Leningradi_Edasi_toimetus, lk 166
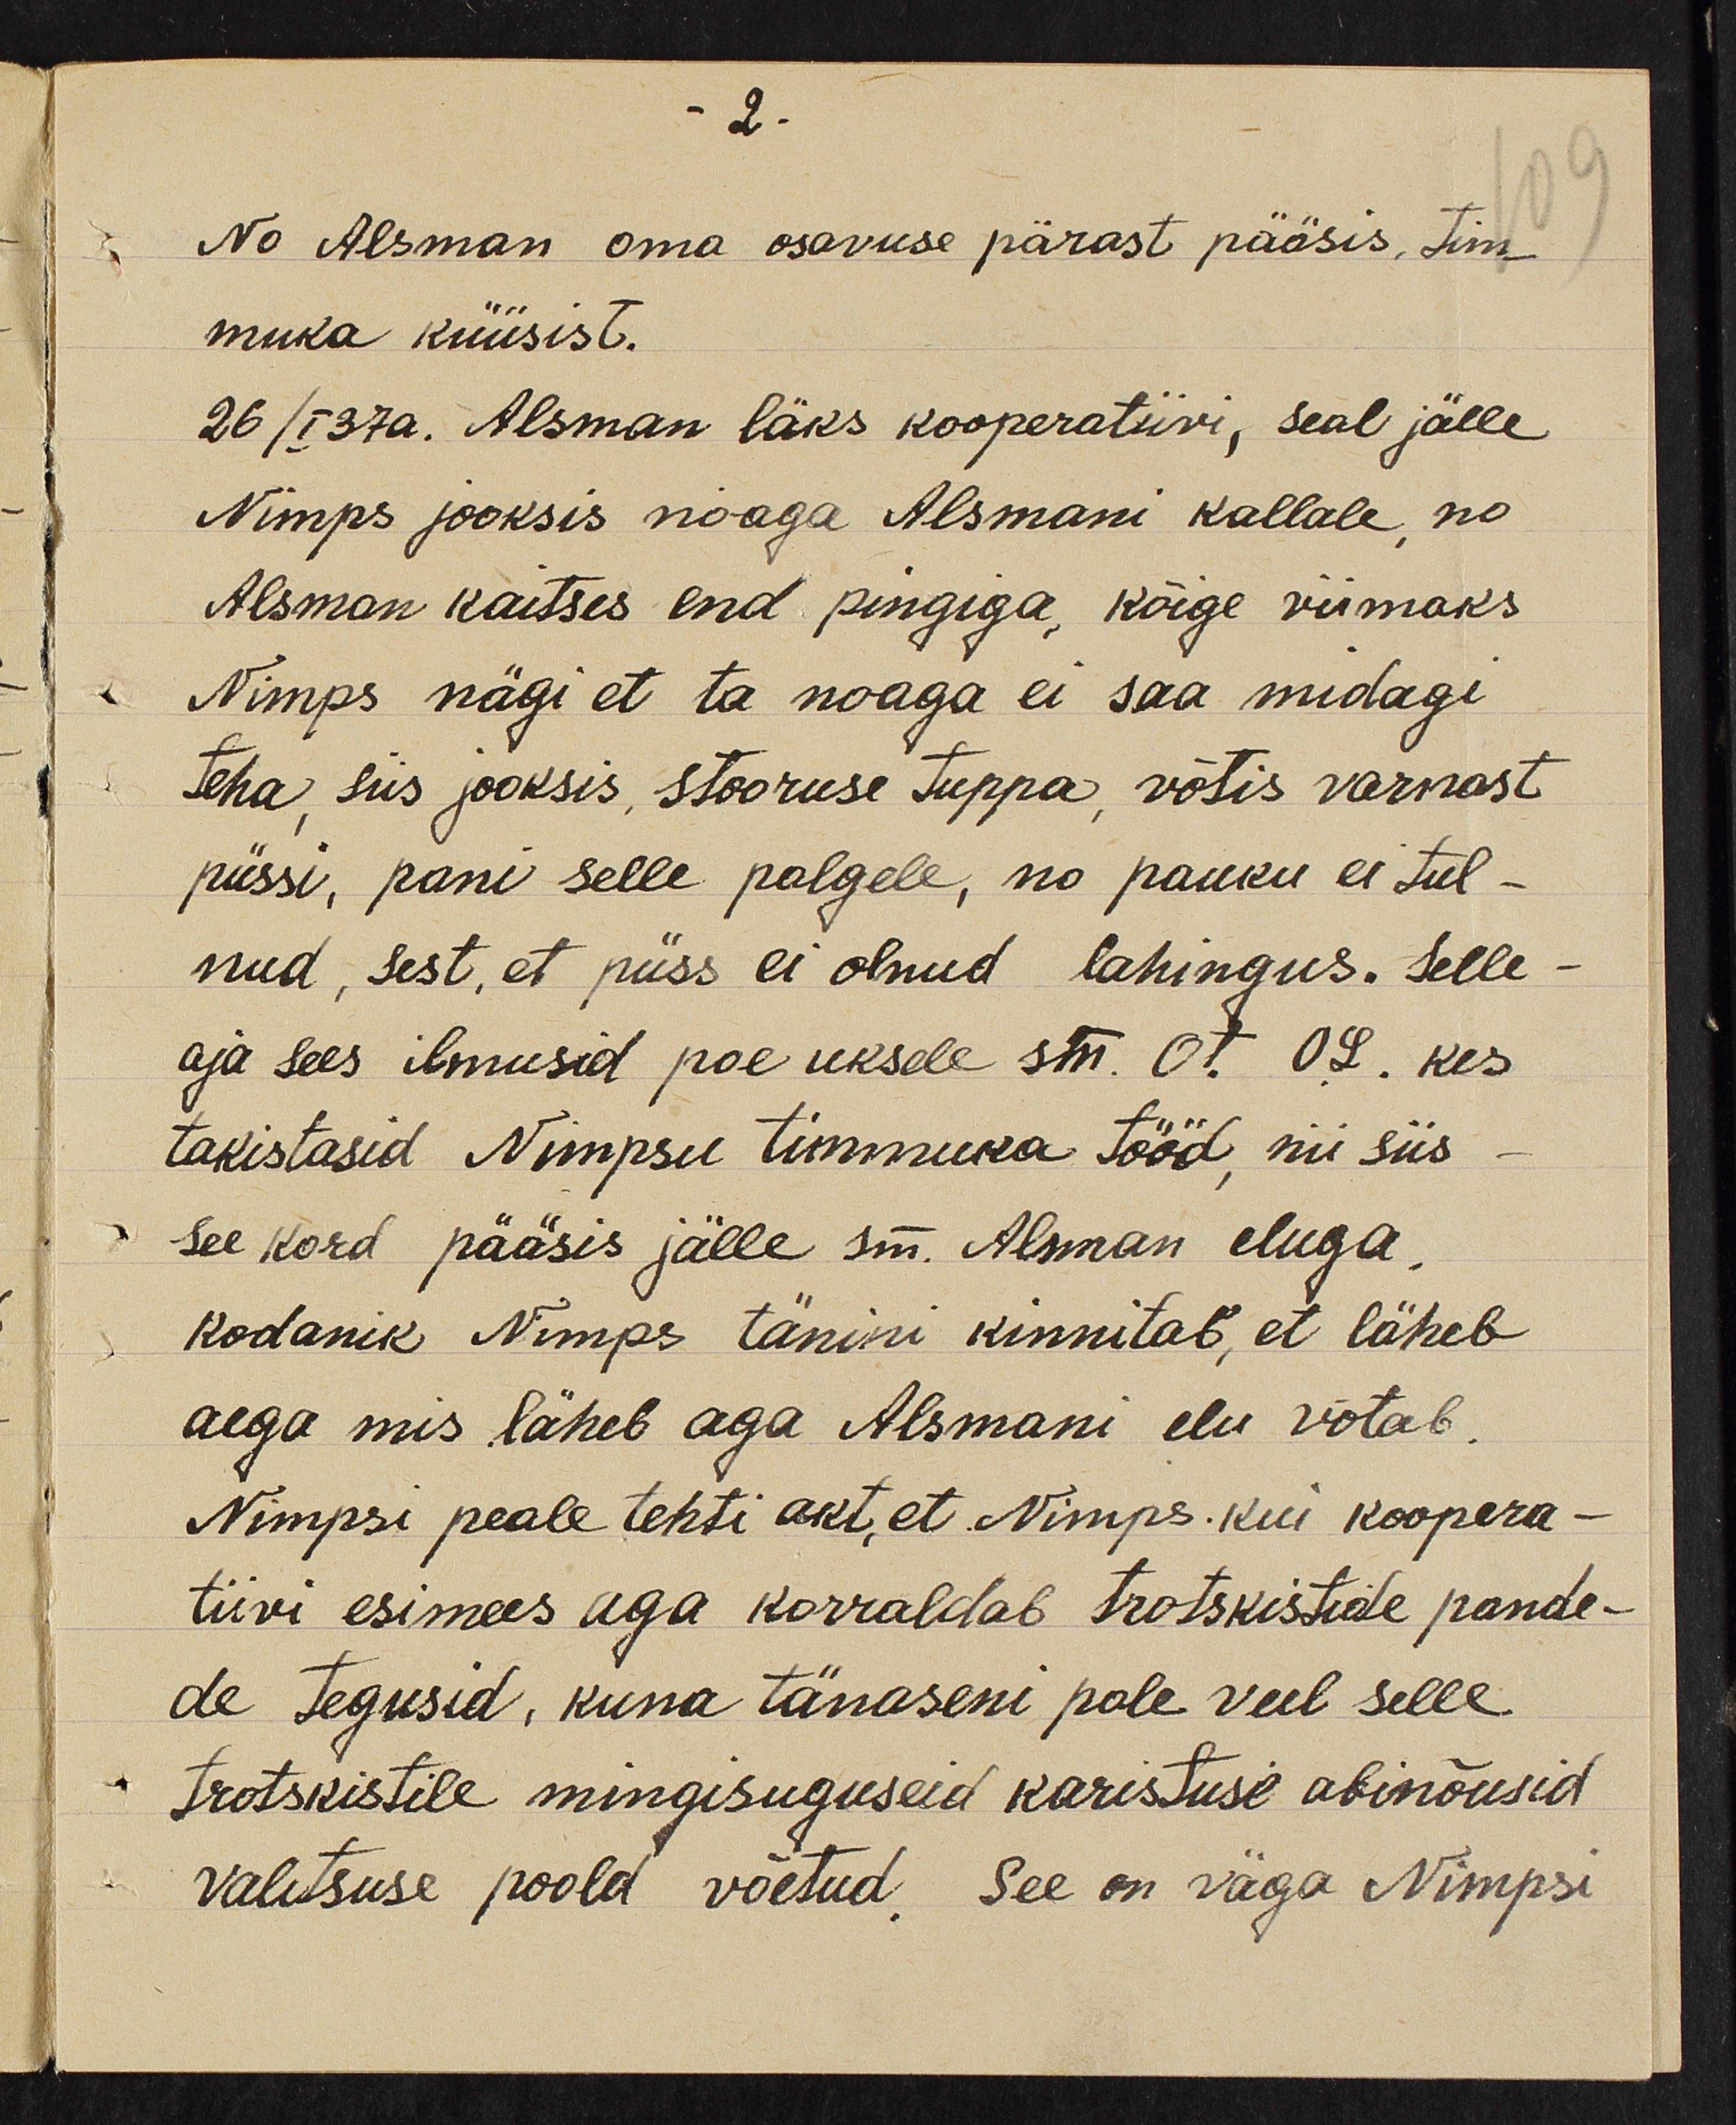
-2.

No Alsman oma osavuse pärast pääsis, tim-
109
muka küüsist.
26/I 37a. Alsman läks kooperatiivi, seal jälle
Nimps jooksis noaga Alsmani kallale no
Alsman kaitses end pingiga kõige viimaks
Nimps nägi et ta noaga ei saa midagi
teha siis jooksis, stooruse tuppa võtis varnast
püssi, pani selle palgele, no pauku ei tul-
nud, sest, et püss ei olnud lahingus. Selle
aja sees ilmusid poe uksele sm. Ot. OL. kes
takistasid Nimpsu timmuka tööd nii siis
see kord pääsis jälle sm. Alman eluga,
kodanik Nimps tänini kinnitab, et läheb
aega mis läheb aga Alsmani elu võtab.
Nimpsi peale tehti akt, et Nimps. kui koopera-
tiivi esimees aga korraldab trotskistide pande-
de tegusid, kuna tänaseni pole veel selle
trotskistile mingisuguseid karistuse abinõusid
valitsuse poold võetud. See on väga Nimpsi